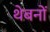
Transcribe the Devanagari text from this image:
थेबनों